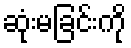
ဆုံးမခြင်းကို